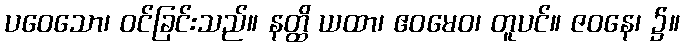
ပဝေသော၊ ဝင်ခြင်းသည်။ နတ္ထိ ယထာ၊ ဧဝမေဝ၊ တူပင်။ ဇဝနေ၊ ၌။